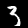
Label: 3